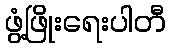
ဖွံ့ဖြိုးရေးပါတီ